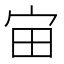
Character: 𪧈